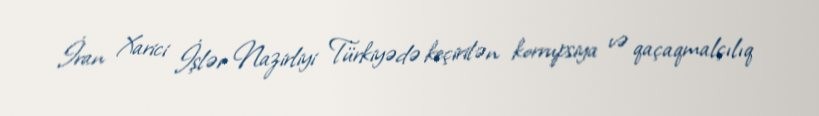
İran Xarici İşlər Nazirliyi Türkiyədə keçirilən korrupsiya və qaçaqmalçılıq